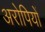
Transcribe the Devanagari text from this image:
अरोपियों